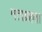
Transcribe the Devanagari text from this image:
मताग्रहता